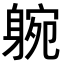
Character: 𨉝